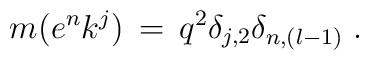
m(e^nk^j)\,=\,q^2\delta_{j,2}\delta_{n,(l-1)}\;.